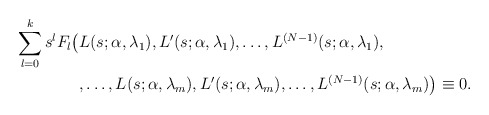
\begin{align*}\sum_{l=0}^k s^l F_l \bigl( & L(s;\alpha,\lambda_1), L'(s;\alpha,\lambda_1), \ldots, L^{(N-1)}(s;\alpha,\lambda_1) , \\ & ,\ldots, L(s;\alpha,\lambda_m), L'(s;\alpha,\lambda_m), \ldots, L^{(N-1)}(s;\alpha,\lambda_m) \bigr) \equiv 0.\end{align*}